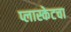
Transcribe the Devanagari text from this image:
प्लास्केटचा